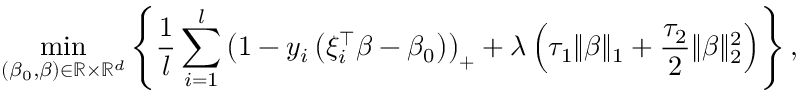
\operatorname* { m i n } _ { ( \beta _ { 0 } , \beta ) \in \mathbb { R } \times \mathbb { R } ^ { d } } \left\{ \frac { 1 } { l } \sum _ { i = 1 } ^ { l } \left( 1 - y _ { i } \left( \xi _ { i } ^ { \top } \beta - \beta _ { 0 } \right) \right) _ { + } + \lambda \left( \tau _ { 1 } \| \beta \| _ { 1 } + \frac { \tau _ { 2 } } { 2 } \| \beta \| _ { 2 } ^ { 2 } \right) \right\} ,